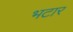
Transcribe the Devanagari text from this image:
भटार